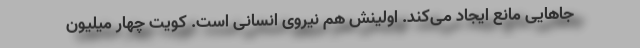
جاهایی مانع ایجاد می‌کند. اولینش هم نیروی انسانی است. کویت چهار میلیون